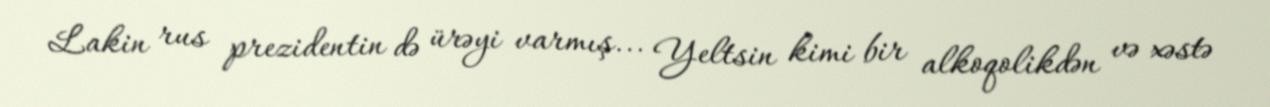
Lakin rus prezidentin də ürəyi varmış... Yeltsin kimi bir alkoqolikdən və xəstə